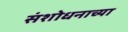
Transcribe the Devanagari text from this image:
संशोधनाच्‍या